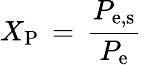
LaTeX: X_{\mathrm{{P}}}\, =\, \frac{P_{\mathrm{{e,s}}}}{P_{\mathrm{{e}}}}